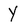
Character: Y